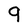
Character: 9